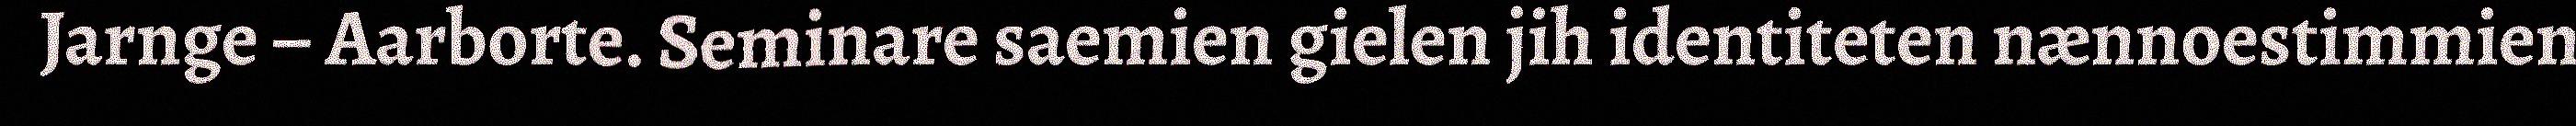
Jarnge – Aarborte. Seminare saemien gielen jih identiteten nænnoestimmien